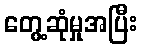
တွေ့ဆုံမှုအပြီး